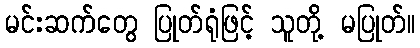
မင်းဆက်တွေ ပြုတ်ရုံဖြင့် သူတို့ မပြုတ်။